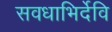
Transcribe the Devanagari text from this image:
सवधाभिर्देवि